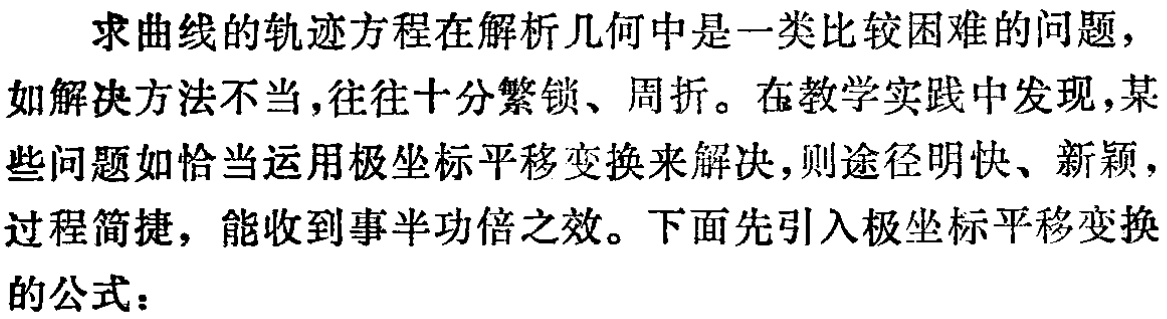
求曲线的轨迹方程在解析几何中是一类比较困难的问题，如解决方法不当，往往十分繁锁、周折。在教学实践中发现，某些问题如恰当运用极坐标平移变换来解决，则途径明快、新颖，过程简捷，能收到事半功倍之效。下面先引入极坐标平移变换的公式：